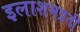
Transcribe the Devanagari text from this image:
इलाशमप्रती